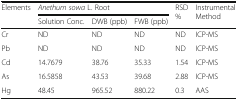
<table><thead><tr><td rowspan="2"><b>Elements</b></td><td colspan="3"><b><i>Anethum sowa</i> L. Root</b></td><td rowspan="2"><b>RSD %</b></td><td rowspan="2"><b>Instrumental Method</b></td></tr><tr><td><b>Solution Conc.</b></td><td><b>DWB (ppb)</b></td><td><b>FWB (ppb)</b></td></tr></thead><tbody><tr><td>Cr</td><td>ND</td><td>ND</td><td>ND</td><td>ND</td><td>ICP-MS</td></tr><tr><td>Pb</td><td>ND</td><td>ND</td><td>ND</td><td>ND</td><td>ICP-MS</td></tr><tr><td>Cd</td><td>14.7679</td><td>38.76</td><td>35.33</td><td>1.54</td><td>ICP-MS</td></tr><tr><td>As</td><td>16.5858</td><td>43.53</td><td>39.68</td><td>2.88</td><td>ICP-MS</td></tr><tr><td>Hg</td><td>48.45</td><td>965.52</td><td>880.22</td><td>0.3</td><td>AAS</td></tr></tbody></table>